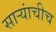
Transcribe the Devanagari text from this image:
सार्‍यांचीच